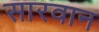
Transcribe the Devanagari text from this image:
सारवान